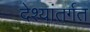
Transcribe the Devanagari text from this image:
देश्यांतर्गत